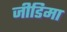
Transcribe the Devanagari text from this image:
जीडिमा